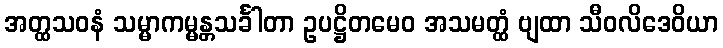
အတ္ထသဝနံ သမ္မာကမ္မန္တသင်္ခါတာ ဥပဋ္ဌိတမေဝ အသမတ္ထံ ဗျထာ သီဝလိဒေဝိယာ